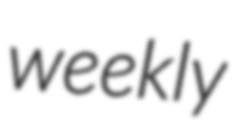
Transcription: weekly